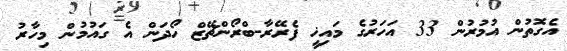
އެގޮތުން އުމުރުން 33 އަހަރުގެ މައިޚީ ފެރޭރާ-ބްރޯންޗޭޒް ހޯދަން އެ ގައުމުން މިހާރު